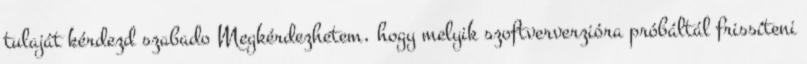
tulaját kérdezd szabado Megkérdezhetem, hogy melyik szoftververzióra próbáltál frissíteni